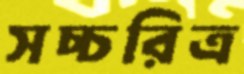
সচ্চরিত্র